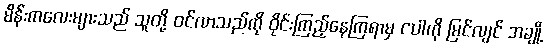
မိန်းကလေးများသည် သူတို့ ဝင်လာသည်ကို ဝိုင်းကြည့်နေကြရာမှ ငပါကို မြင်လျင် အချို့